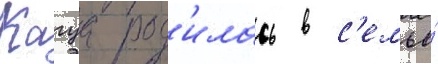
Кагуа род'илась в с'емье́